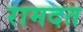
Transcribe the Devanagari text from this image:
रामदत